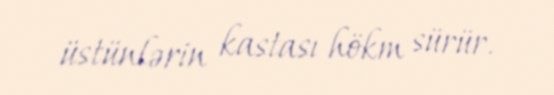
üstünlərin kastası hökm sürür.